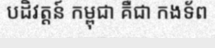
បដិវត្តន៍ កម្ពុជា គឺជា កងទ័ព